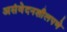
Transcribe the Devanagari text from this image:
असंवेदनशीलपणे